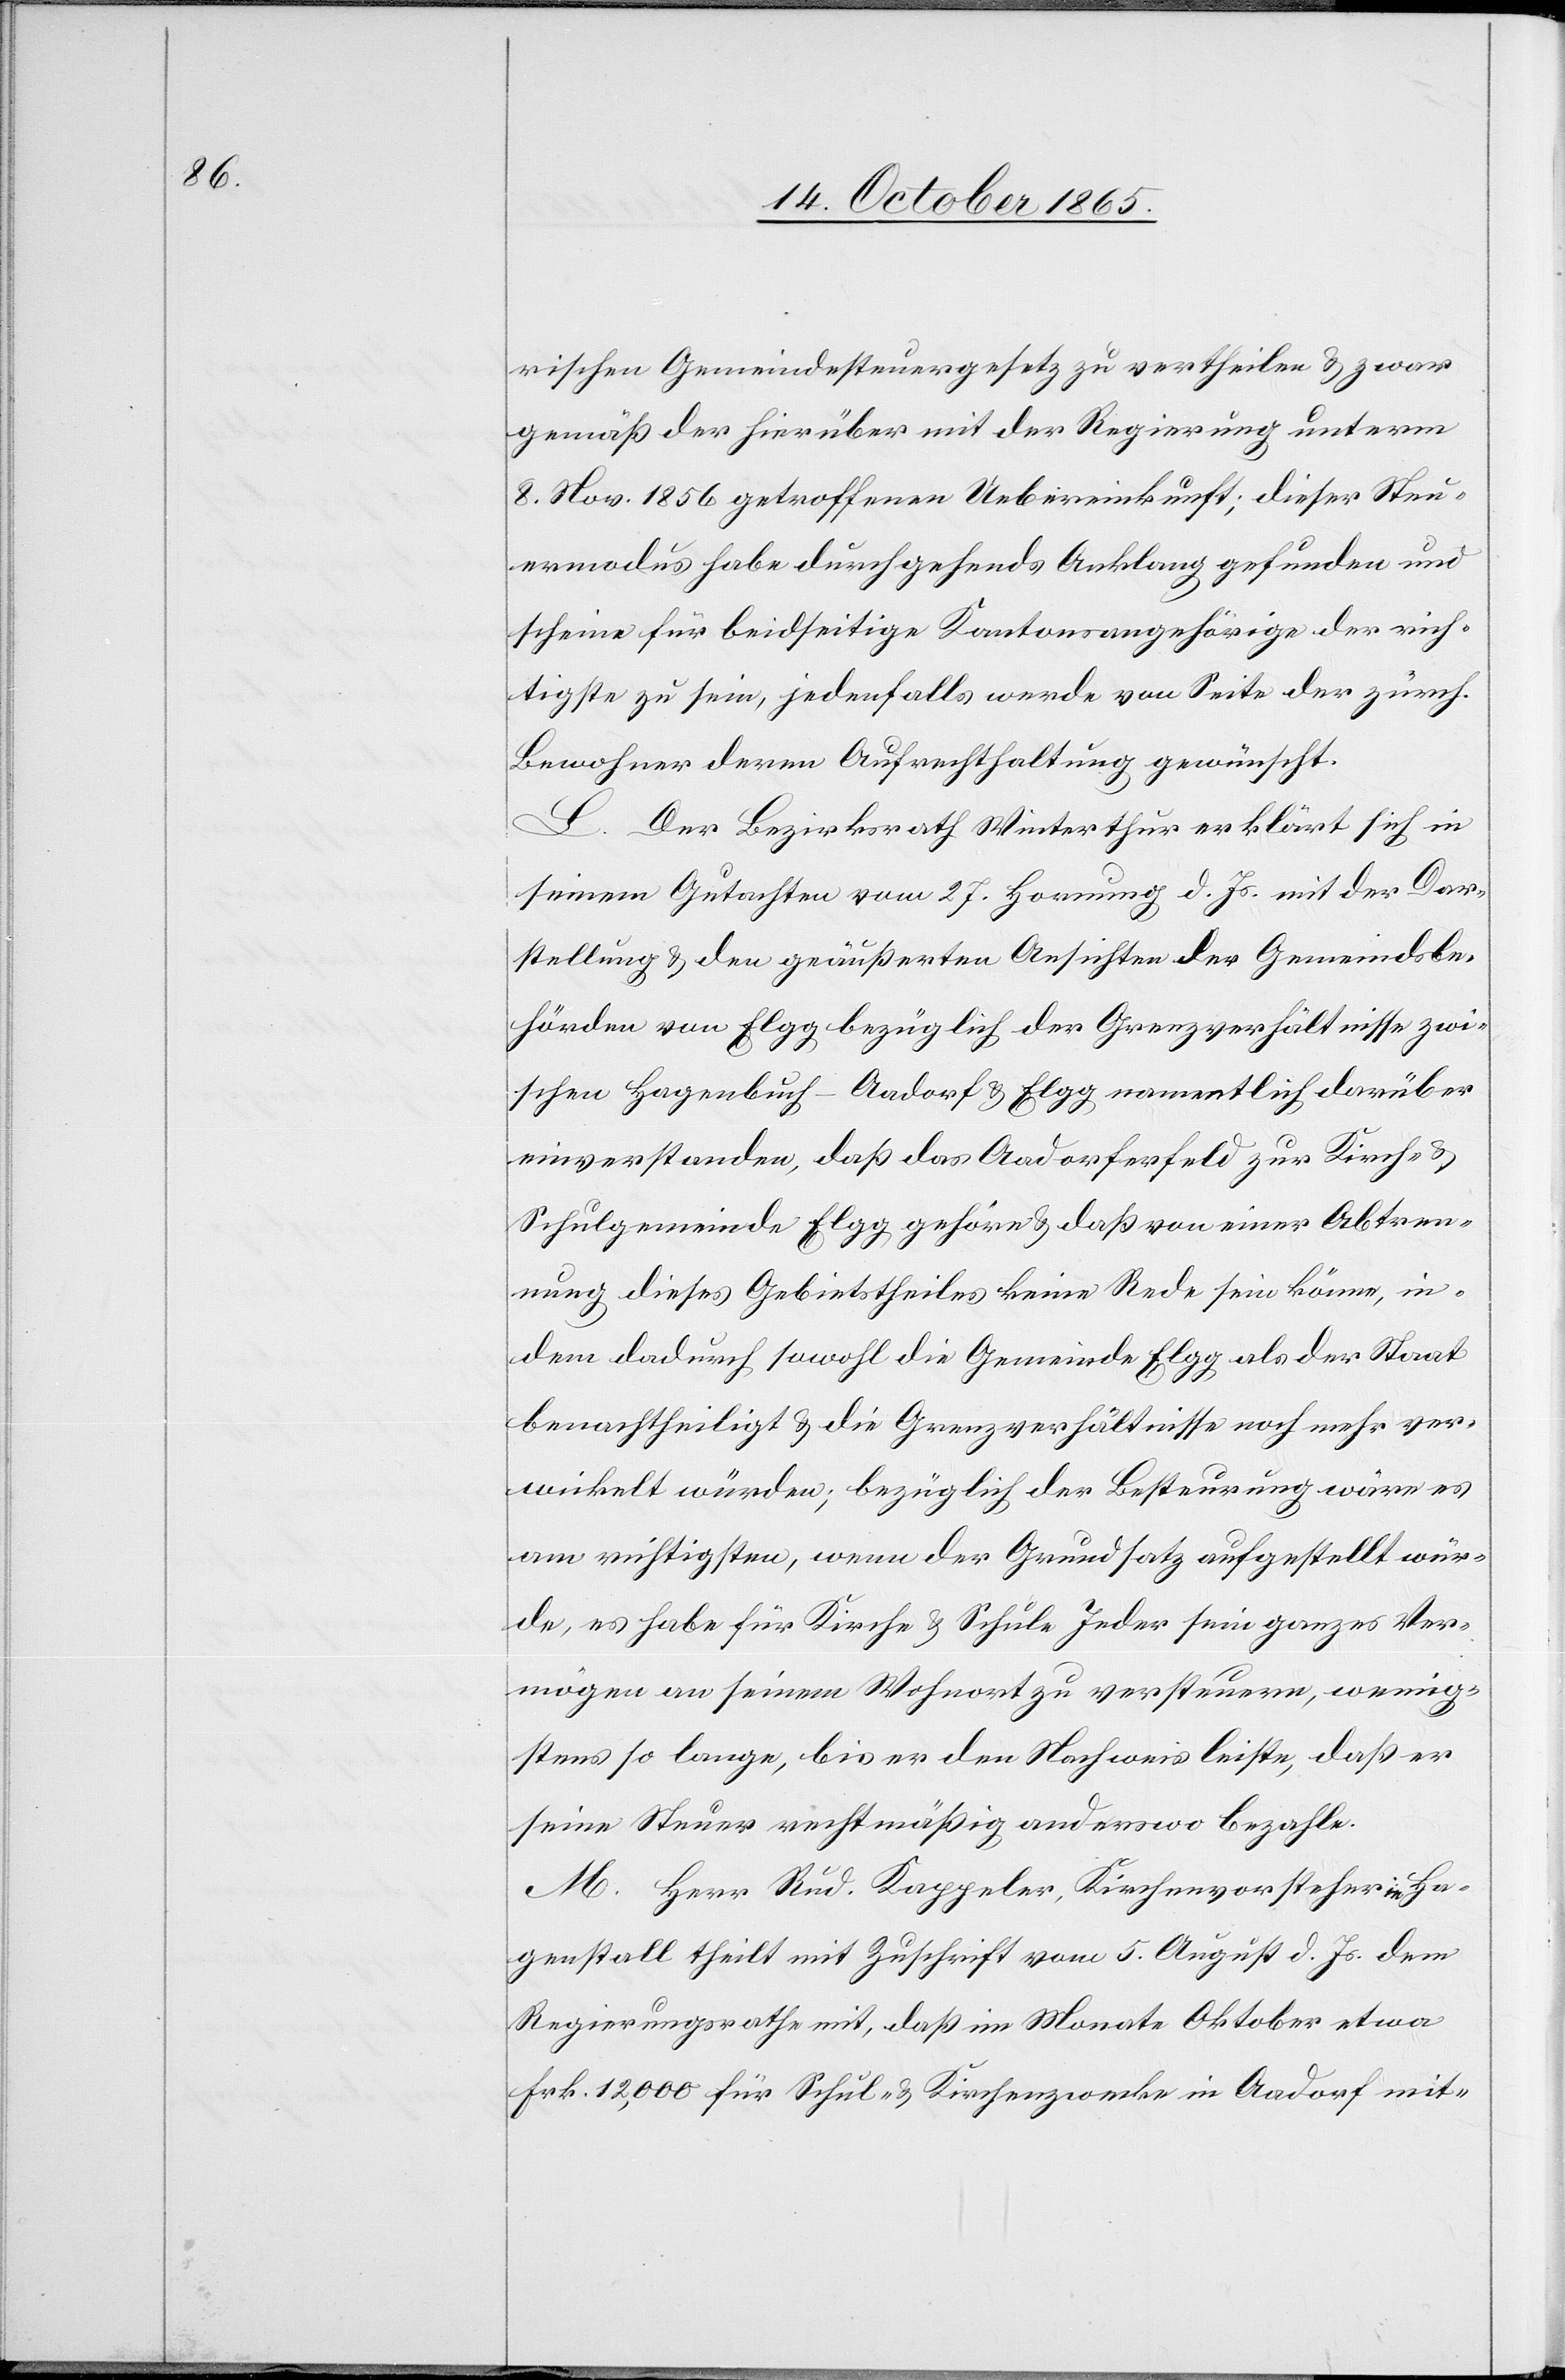
rischen Gemeindesteuergesetz zu vertheilen & zwar
gemäß der hierüber mit der Regierung unterm
8. Nov. 1856 getroffenen Uebereinkunft; dieser Steu¬
ermodus habe durchgehends Anklang gefunden und
scheine für beidseitige Kantonsangehörige der rich¬
tigste zu sein, jedenfalls werde von Seite der zürch.
Bewohner deren Aufrechthaltung gewünscht.
L. Der Bezirksrath Winterthur erklärt sich in
seinem Gutachten vom 27. Hornung d. Js. mit der Dar¬
stellung & den geäußerten Ansichten der Gemeindsbe¬
hörden von Elgg bezüglich der Grenzverhältnisse zwi¬
schen Hagenbuch-Aadorf & Elgg namentlich darüber
einverstanden, daß das Aadorferfeld zur Kirch- &
Schulgemeinde Elgg gehöre & daß von einer Abtren¬
nung dieses Gebietstheiles keine Rede sein könne, in¬
dem dadurch sowohl die Gemeinde Elgg als der Staat
benachtheiligt & die Grenzverhältnisse noch mehr ver¬
wickelt würden; bezüglich der Besteurung wäre es
am richtigsten, wenn der Grundsatz aufgestellt wür¬
de, es habe für Kirche & Schule Jeder sein ganzes Ver¬
mögen an seinem Wohnort zu versteuern, wenig¬
stens so lange, bis er den Nachweis leiste, daß er
seine Steuer rechtmäßig anderswo bezahle.
M. Herr Rud. Kappeler, Kirchenvorsteher in Ha¬
genstall theilt mit Zuschrift vom 5. August d. Js. dem
Regierungsrathe mit, daß im Monate Oktober etwa
Frk. 12,000 für Schul- & Kirchenzwecke in Aadorf mit-